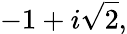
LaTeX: -1+i{\sqrt{2}},